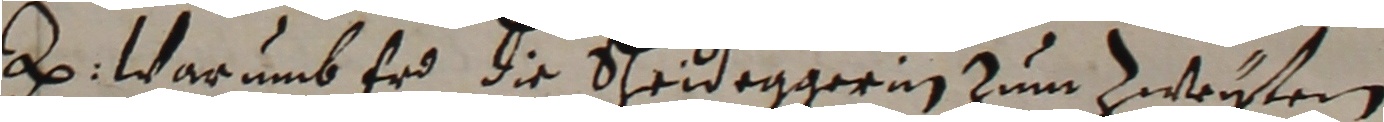
e. warumb erh die Scheideggeren zum weystern